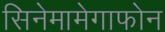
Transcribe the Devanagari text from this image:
सिनेमामेगाफोन